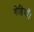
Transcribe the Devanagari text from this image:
गेड़ियाँ।